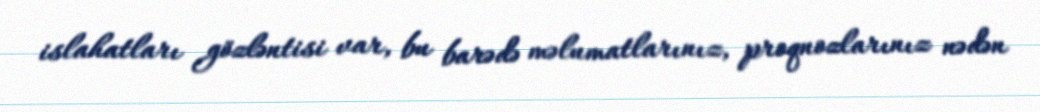
islahatları gözləntisi var, bu barədə məlumatlarınız, proqnozlarınız nədən